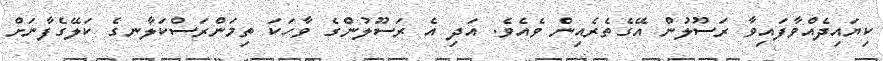
ކިޔައިދެއްވާފައިވާ ރަސޫލުން އޭގެތެރެއިން ވެއެވެ. އަދި އެ ރަސޫލުންގެ ވާހަކަ ތިމަންރަސްކަލާނގެ ކަލޭގެފާނަށް